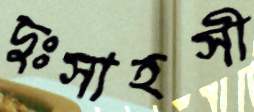
দুঃসাহসী